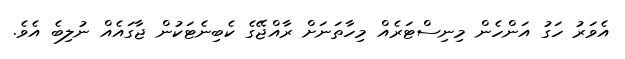
އެވަރު ހަގު އަންހެން މިނިސްޓަރެއް މިހާތަނަށް ރާއްޖޭގެ ކެބިނެޓަކުން ޖާގައެއް ނުލިބެ އެވެ.